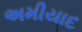
અમીયાદ